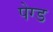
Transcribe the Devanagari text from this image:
पेग्ड